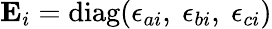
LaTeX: {\mathbf E_{i}}=\mathrm{diag}(\epsilon_{ai},~\epsilon_{bi},~\epsilon_{ci})